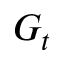
G _ { t }